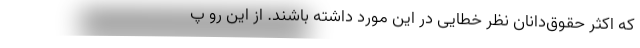
که اکثر حقوق‌دانان نظر خطایی در این مورد داشته باشند. از این رو پ